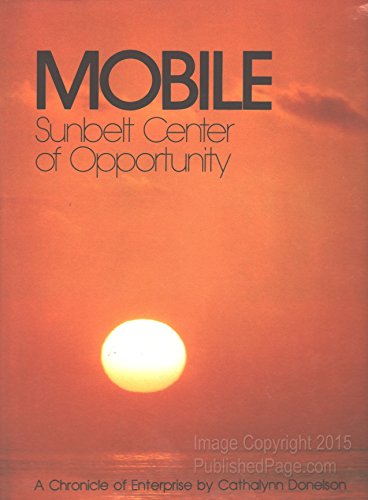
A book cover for Mobile: Sunbelt Center of Opportunity; Cathalynn Donelson; Travel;